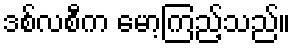
ဒစ်လစီက မော့ကြည့်သည်။